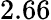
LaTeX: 2.66